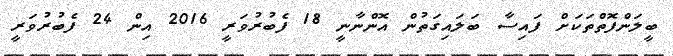
ބީލަންފޮތްތަކަށް ފައިސާ ބަލައިގަތުން އޮންނާނީ 18 ފެބުރުވަރީ 2016 އިން 24 ފެބުރުވަރީ